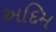
અદિમ